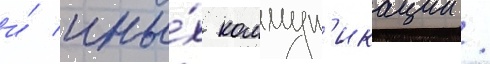
и́ ины́х коммун'икации /